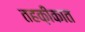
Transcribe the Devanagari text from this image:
तहक़ीकात